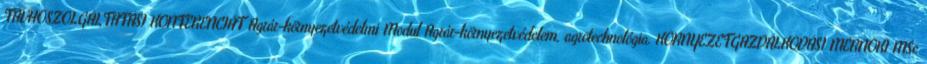
TÁVHŐSZOLGÁLTATÁSI KONFERENCIÁT Agrár-környezetvédelmi Modul Agrár-környezetvédelem, agrotechnológia. KÖRNYEZETGAZDÁLKODÁSI MÉRNÖKI MSc